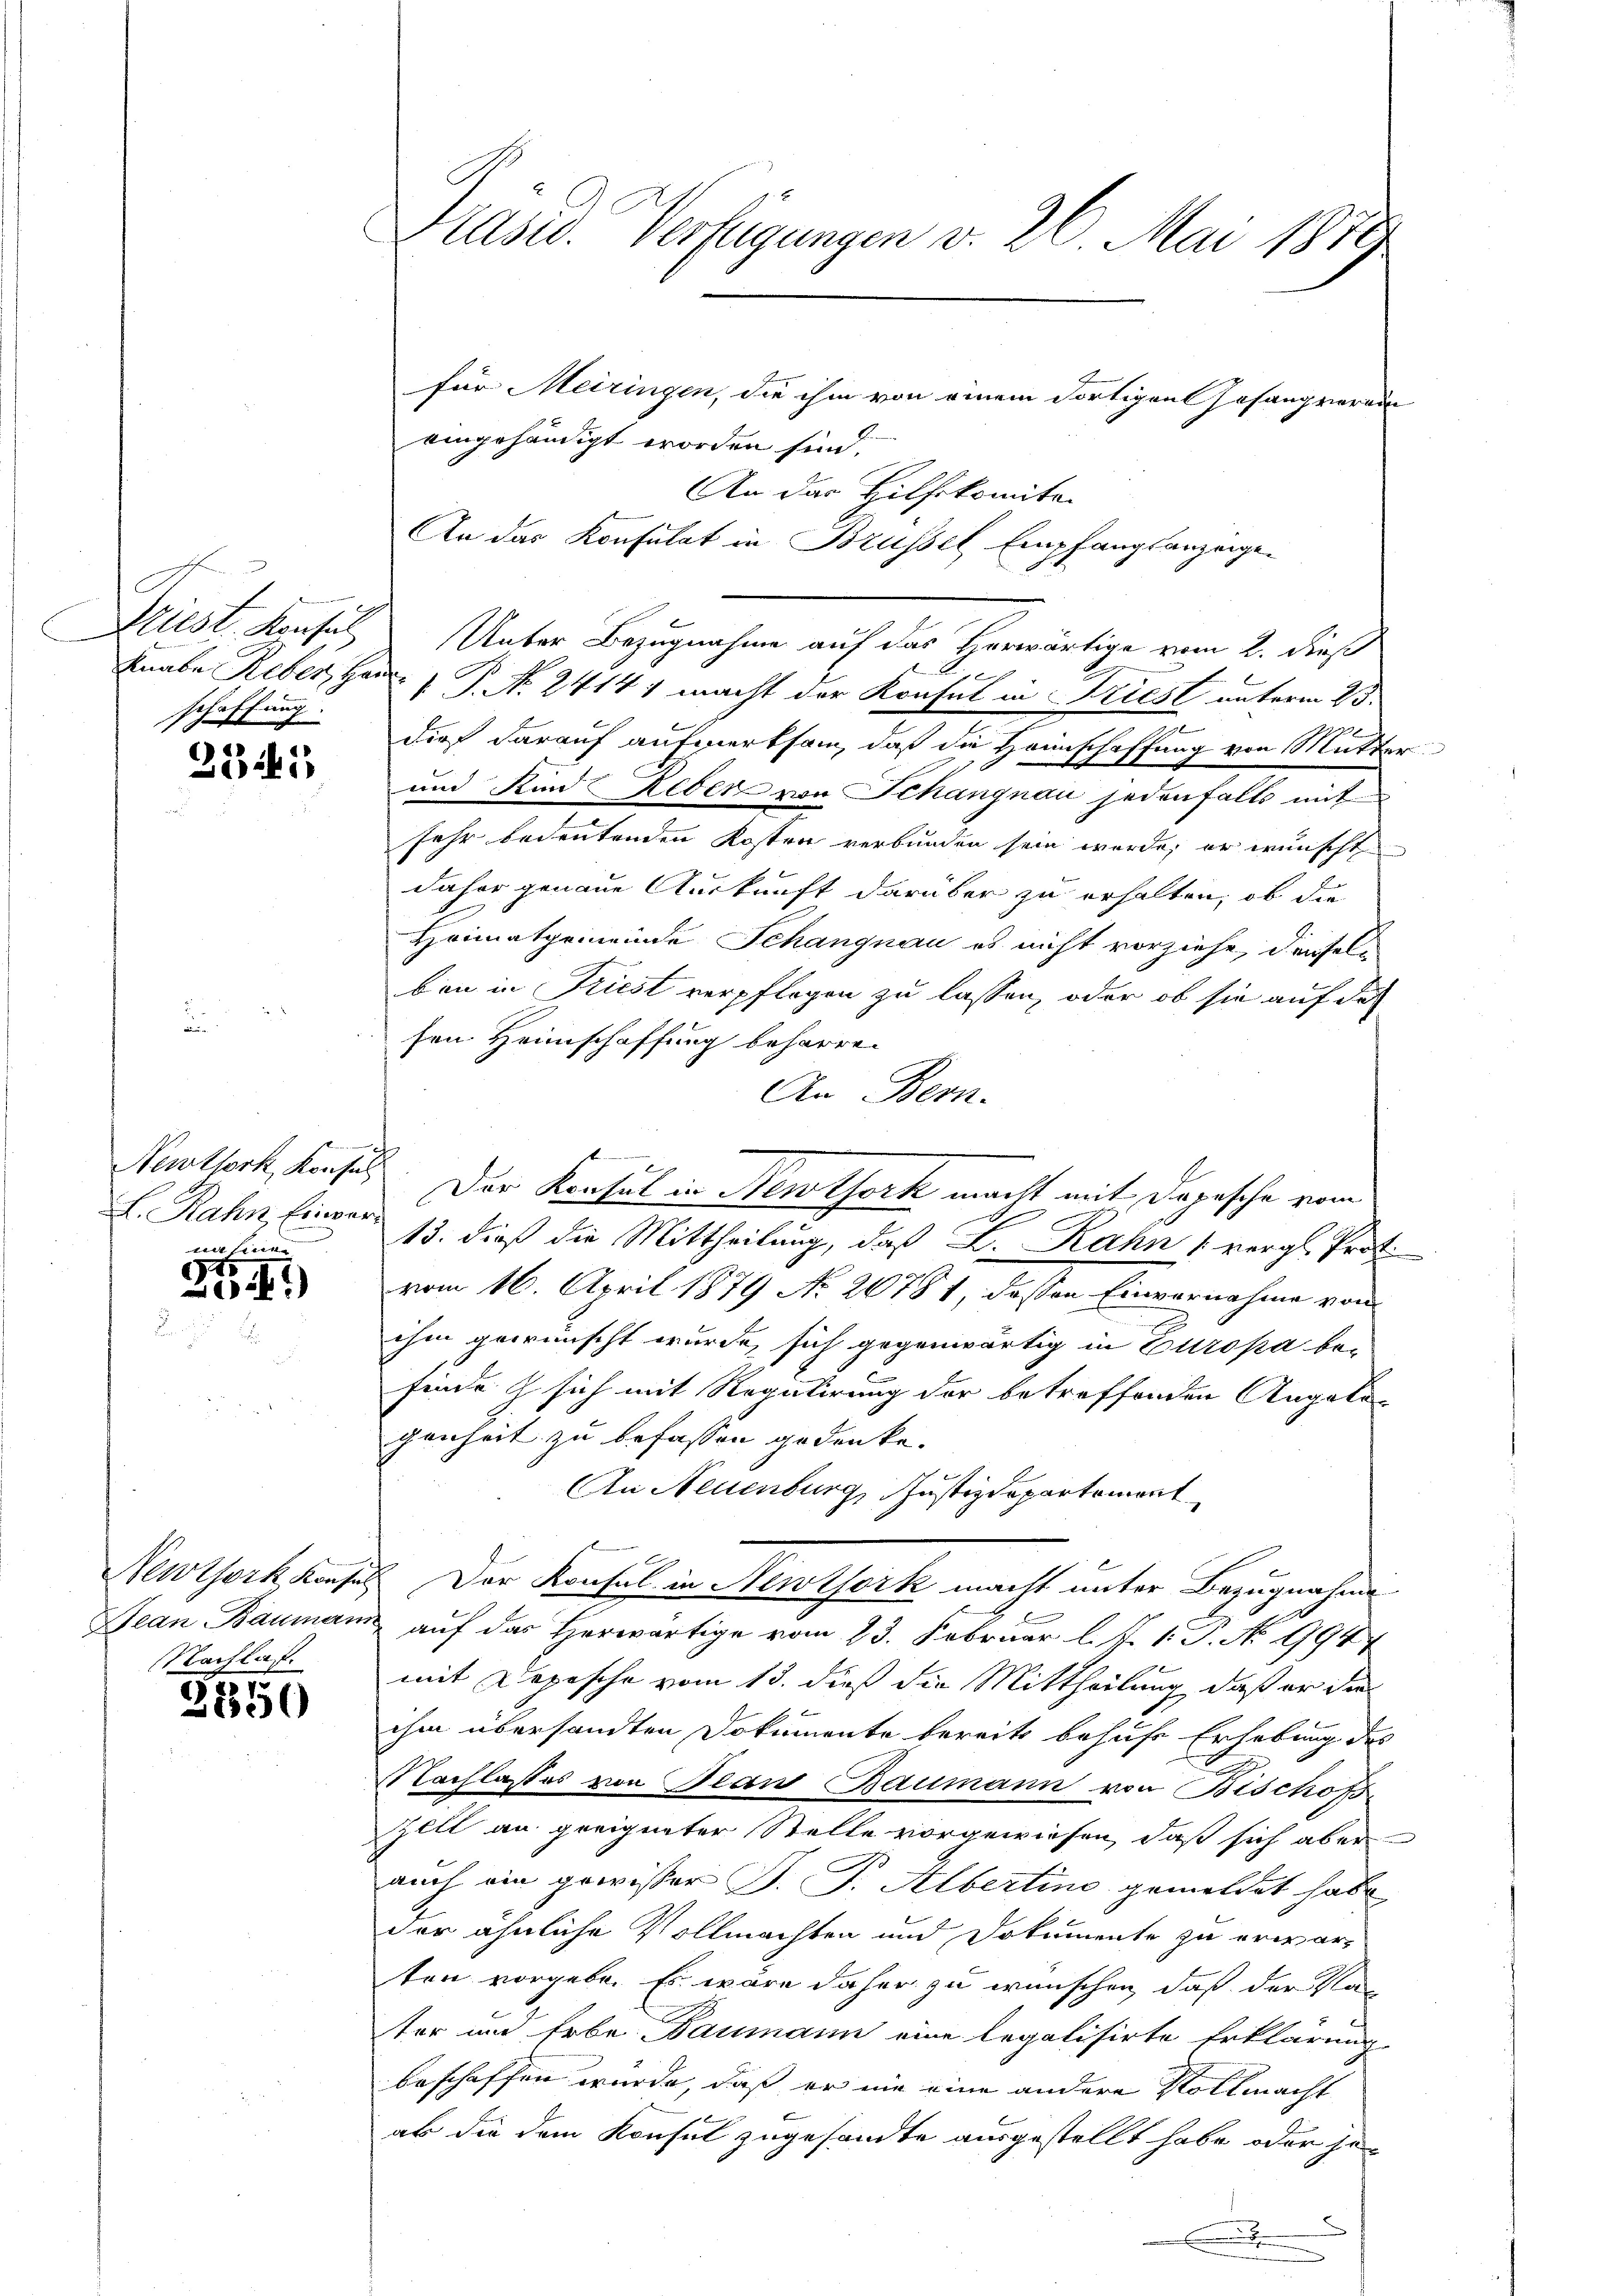
a
Driest. Konsul
schaffung.
S

3341

s
Nemtsork, Konsul
L. Rahn Einverwelt hier

45
Z.1)

Jean Bauman
Nachlaf.

3550

Präsid. Verfügungen v. 26. Mai 1879
für Meiringen, die ihm von einem dortigen Gesangverein
eingehändigt worden sind.

An das Hilfskomite.
An das Konsulat in Brüssel Empfangsanzeige¬
Unter Bezugnahme auf das Herwärtige vom 2. dieß
Knabe Reber, Hand. 1 P. Nr. 24141 macht der Konsul in Friest unterm 25.
dues darauf aufmerksam, daß die Hannschaffung von Mutte
und Kind Reber von Schangnau jedenfalls mit
sehr bedeutenden Kosten verbunden sein werde, er wünscht
daher genaue Auskunft darüber zu erhalten, ob die
Heimatgemeinde Schangnau es nicht vorziehe, denseln
bon in Friest verpflegen zu lassen, oder ob sie auf das
sen Heimschaffung beharren
An Bern.
13. dieß die Mittheilung, daß F. Rahn 1 vergl. Prot
vom 16. April 1879 No. 20781 dessen Einvernahme von
ihm gewünscht wurde, sich gegenwärtig in Europa befinde z sich mit Regulirung der betreffenden Angelegenheit zu befassen gedenke.
An Neuenburg, Justizdepartement
Newtork, Konsil. Der Konsul in Newtork macht unter Bezugnahme
auf das Herwärtige vom 23. Februar l. J. 1. J. No. 1994
mit Depesche vom 13. dieß die Mittheilung, daß er die
ihm übersandten Dokumente bereits behufe Erhebung des
Nachlasses von Beau Baumann von Bischofs
Zell an geeigneter Stelle vorgewiesen, daß sich aber
auch ein gewisser J. P. Albertino gemeldet habe
der ähnliche Vollmachten und Dokumente zu erwarten vorgebe. Es wäre daher zu wünschen, daß der Nater um Erbe Daumann eine legalisirte Erklärung
beschaffen wurde, daß er nie eine andere Vollmacht
ab die dem Konsul zugesandte ausgestellt habe oder se

Der Konsul in Neuthork macht mit Depesche vom